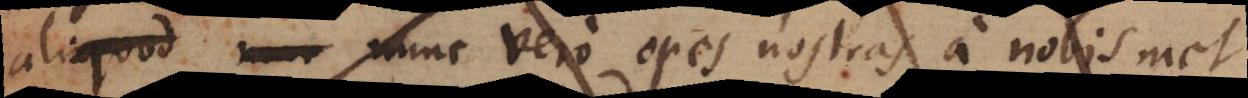
aliquod _ nunc vero opes nostras a nos met